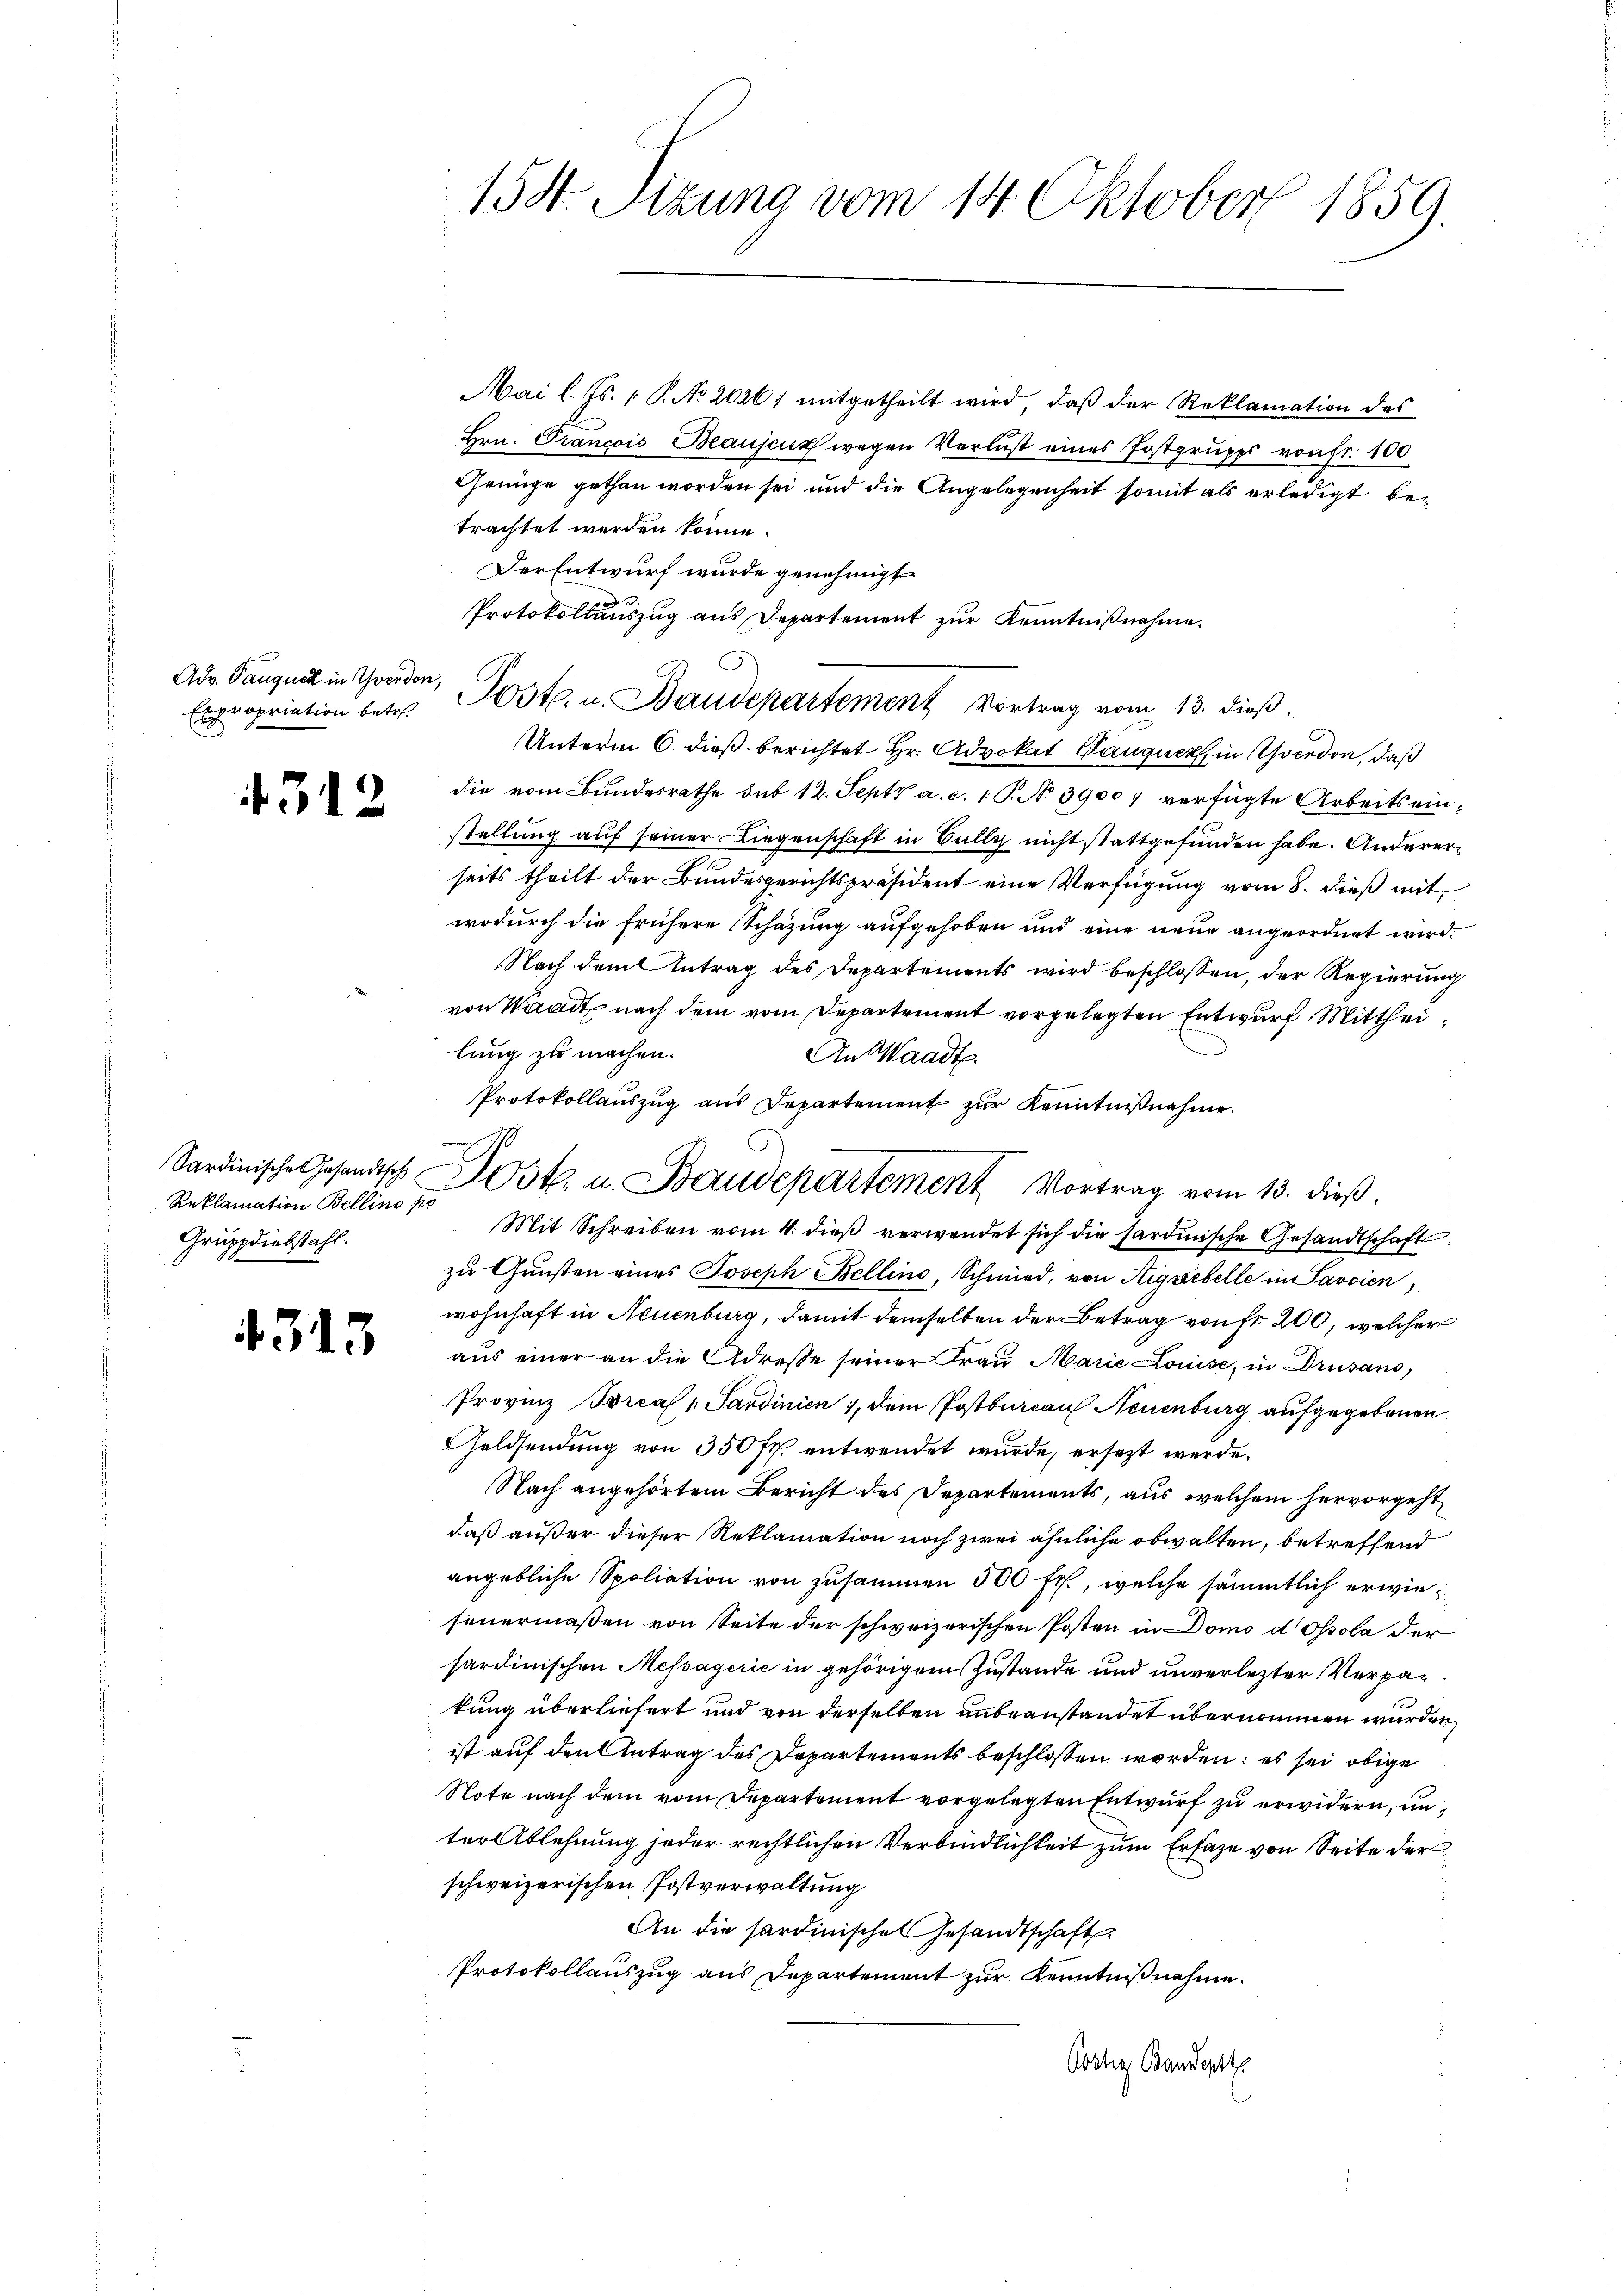
Adv. Tauques in Yverdon,
Expropriation betr.

4312

Reklamation Bellino po
Gruppdiebstahl.

4313

154. Sitzung vom 14. Oktober 1859.

Mai l. Js. 1 P. No 2026; mitgetheilt wird, daß der Reklamation des
Hrn. Francois Beaujenz wegen Verlust eines Postgruppe von fr. 100
Genüge gethan worden sei und die Angelegenheit somit als erledigt betrachtet werden könne.
Der Entwurf wurde genehmigt
Protokollauszug aus Departement zur Kenntnißnahme.
Poste. u. Baudepartement Vortrag vom 13. dieß.
Unterm 6. dieß berichtet Hr. Advokat Pauquets in Yverdon, daß
die vom Bundesrathe sub 12. Sept a. c. 1. P. No. 39007 verfügte Arbeitseinstellung auf seiner Liegenschaft in Bally nicht stattgefunden habe. Andererseits theilt der Bundesgerichtspräsident eine Verfügung vom 8. dieß mit
wodurch die frühere Schazung aufgehoben und eine neue angeordnet wird.
Nach dem Antrag des Departements wird beschlossen, der Regierung
von Waadt nach dem vom Departement vorgelegten Entwurf Mittheilung zu machen.
An Waadt.
Protokollauszug aus Departement zur Kenntnißnahme.
Mit Schreiben vom 4. dieß verwendet sich die sardinische Gesandtschaft
zu Gunsten eines Joseph Bellino, Schmied, von Aignebelle in Savoien,
wohnhaft in Neuenburg, damit demselben der Betrag von Fr. 200, welcher
aus einer an die Adresse seiner Frau Marie Louise, in Drüsano,
Provinz Borca 1 Sardinien, dem Postbureau Neuenburg aufgegebenen
Geldsendung von 350 fl. entwendet wurde, ersezt werde.
Nach angehörtem Bericht des Departements, aus welchem hervorgeht,
daß außer dieser Reklamation noch zwei ähnliche obwalten, betreffend
angebliche Spoliation von zusammen 500 fr., welche sämmtlich erwieseuermaßen von Seite der schweizerischen Posten in Domo d Ossola der
sardinischen Messagerić in gehörigem Zustande und unverlezter Verpakung überliefert und von derselben unbeanstandet übernommen wurden,
ist auf den Antrag des Departements beschlossen worden; es sei obige
Note nach dem vom Departement vorgelegten Entwurf zu erwidern, unter Ablehnung jeder rechtlichen Verbindlichkeit zum Erfage von Seite der
schweizerischen Postverwaltung
An die sardinische Gesandtschaft
Protokollauszug aus Departement zur Kenntnißnahme.
Postig Bandert

C

Sardinische Gesandtsch ist. u. Baudepartement Vortrag vom 13. dieß.